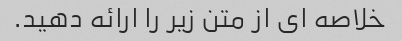
خلاصه ای از متن زیر را ارائه دهید.